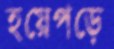
হয়েপড়ে